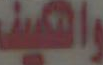
والتكيف